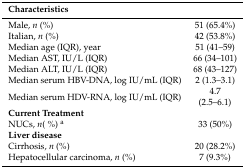
| Characteristics |  |
 | --- | --- |
 | Male, n (%) | 51 (65.4%) |
 | Italian, n (%) | 42 (53.8%) |
 | Median age (IQR), year | 51 (41–59) |
 | Median AST, IU/L (IQR) | 66 (34–101) |
 | Median ALT, IU/L (IQR) | 68 (43–127) |
 | Median serum HBV-DNA, log IU/mL (IQR) | 2 (1.3–3.1) |
 | Median serum HDV-RNA, log IU/mL (IQR) | 4.7 (2.5–6.1) |
 | Current Treatment |  |
 | NUCs, n( %) a | 33 (50%) |
 | Liver disease |  |
 | Cirrhosis, n (%) | 20 (28.2%) |
 | Hepatocellular carcinoma, n (%) | 7 (9.3%) |